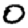
Digit: 0